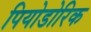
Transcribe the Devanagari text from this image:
पियोडोरिक